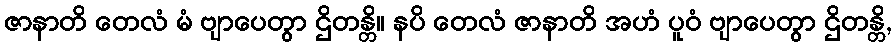
ဇာနာတိ တေလံ မံ ဗျာပေတွာ ဌိတန္တိ။ နပိ တေလံ ဇာနာတိ အဟံ ပူဝံ ဗျာပေတွာ ဌိတန္တိ,